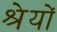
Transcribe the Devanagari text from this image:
श्रेयों